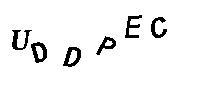
UDDPEC